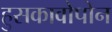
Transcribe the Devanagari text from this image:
हुसकावोपोन